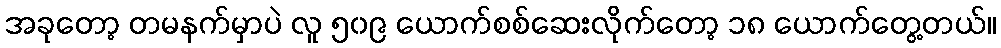
အခုတော့ တမနက်မှာပဲ လူ ၅၀၉ ယောက်စစ်ဆေးလိုက်တော့ ၁၈ ယောက်တွေ့တယ်။